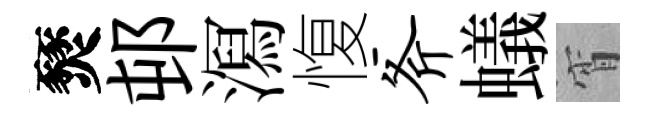
燹邨㵼愎斧蟻宵